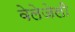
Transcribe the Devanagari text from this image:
वेलेजेली